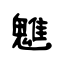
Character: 魋